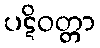
ပဋိဝတ္တာ